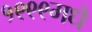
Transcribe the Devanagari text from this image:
१९९९मधे